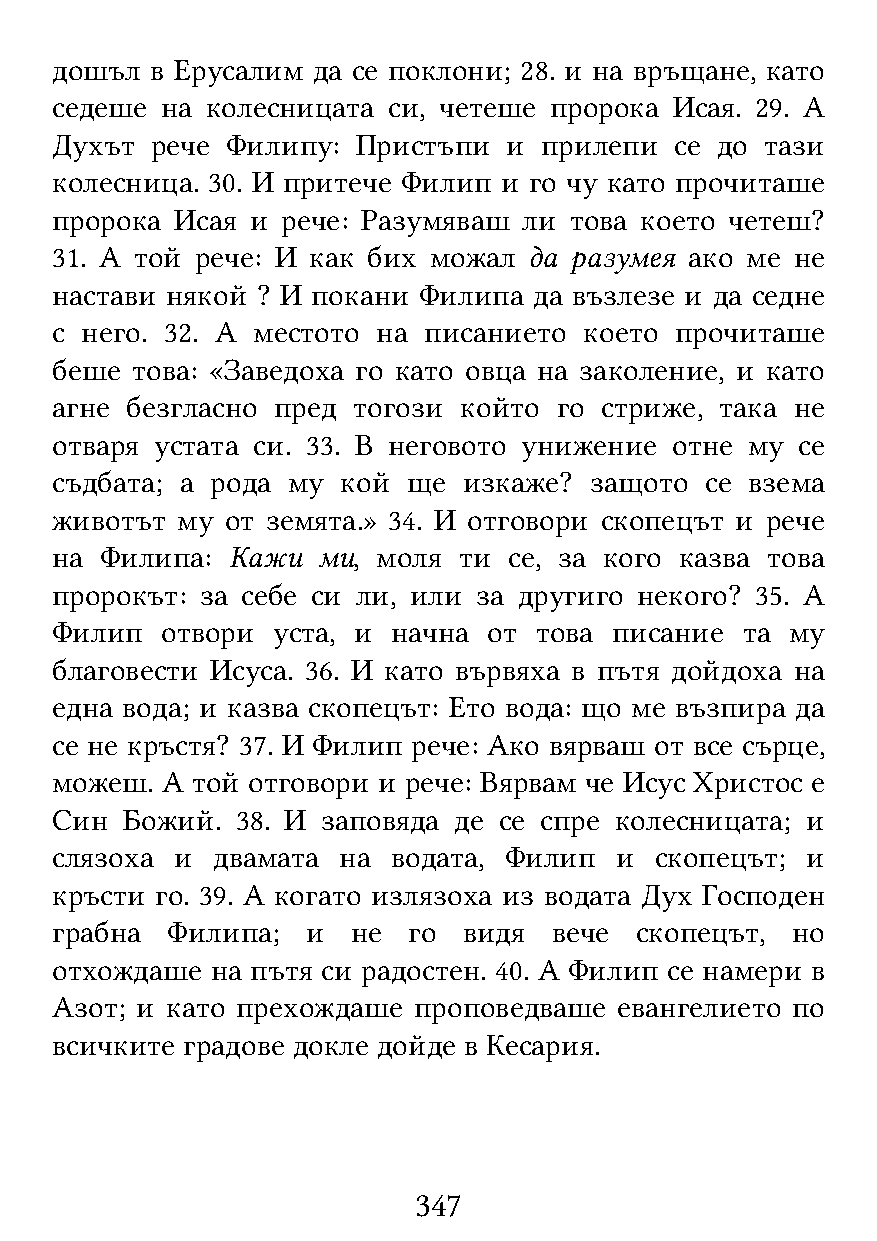
дошъл  в Ерусалим да се поклони; 28. и на връщане, като
 седеше  на колесницата си, четеше пророка Исая. 29. А
 Духът  рече Филипу:  Пристъпи  и прилепи  се до тази
 колесница. 30. И притече Филип и го чу като прочиташе
 пророка  Исая и рече: Разумяваш ли това което четеш?
 31. А той рече: И как бих можал да разумея ако ме не
 настави някой ? И покани Филипа да възлезе и да седне
 с него. 32. А местото на писанието  което прочиташе
 беше  това: «Заведоха го като овца на заколение, и като
 агне безгласно пред тогози който  го стриже, така не
 отваря устата си. 33. В неговото унижение отне му се
 съдбата; а рода му  кой ще  изкаже? защото  се взема
 животът  му от земята.» 34. И отговори скопецът и рече
 на  Филипа: Кажи  ми, моля ти  се, за кого казва това
 пророкът: за себе си ли, или за другиго некого? 35. А
 Филип   отвори уста, и начна от това писание  та му
 благовести Исуса. 36. И като вървяха в пътя дойдоха на
 една вода; и казва скопецът: Ето вода: що ме възпира да
 се не кръстя? 37. И Филип рече: Ако вярваш от все сърце,
 можеш.  А той отговори и рече: Вярвам че Исус Христос е
 Син  Божий.  38. И заповяда де се спре колесницата; и
 слязоха  и двамата на  водата, Филип  и скопецът; и
 кръсти го. 39. А когато излязоха из водата Дух Господен
 грабна  Филипа;  и  не  го  видя  вече скопецът, но
 отхождаше  на пътя си радостен. 40. А Филип се намери в
 Азот; и като прехождаше проповедваше  евангелието по
 всичките градове докле дойде в Кесария.
 347